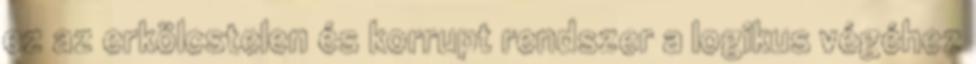
ez az erkölcstelen és korrupt rendszer a logikus végéhez